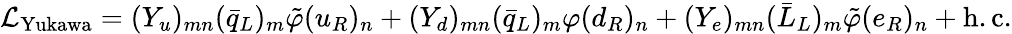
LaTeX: {\mathcal{L}}_{\mathrm{Yukawa}}=(Y_{u})_{mn}({\bar{q}}_{L})_{m}{\tilde{\varphi}}(u_{R})_{n}+(Y_{d})_{mn}({\bar{q}}_{L})_{m}\varphi(d_{R})_{n}+(Y_{e})_{mn}({\bar{L}}_{L})_{m}{\tilde{\varphi}}(e_{R})_{n}+\mathrm{h.c.}